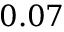
0 . 0 7